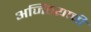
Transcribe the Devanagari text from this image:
अजिंठय़ाची